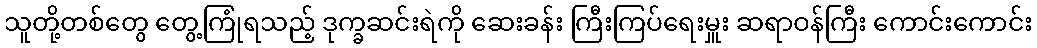
သူတို့တစ်တွေ တွေ့ကြုံရသည့် ဒုက္ခဆင်းရဲကို ဆေးခန်း ကြီးကြပ်ရေးမှူး ဆရာဝန်ကြီး ကောင်းကောင်း